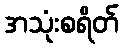
အသုံးစရိတ်